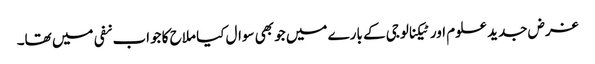
غرض جدید علوم اور ٹیکنالوجی کے بارے میں جو بھی سوال کیا ملاح کا جواب نفی میں تھا۔